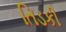
તિડકી